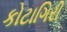
કોટાગિરી